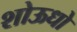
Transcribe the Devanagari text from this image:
शोऊधो